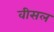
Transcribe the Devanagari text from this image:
वीसल